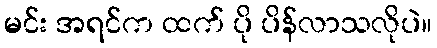
မင်း အရင်က ထက် ပို ပိန်လာသလိုပဲ။